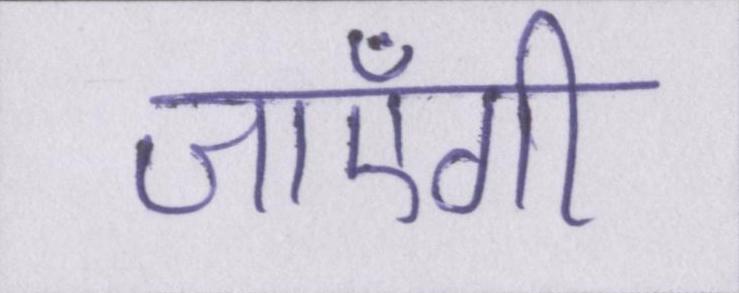
जाएँगी